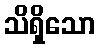
သိရှိသော